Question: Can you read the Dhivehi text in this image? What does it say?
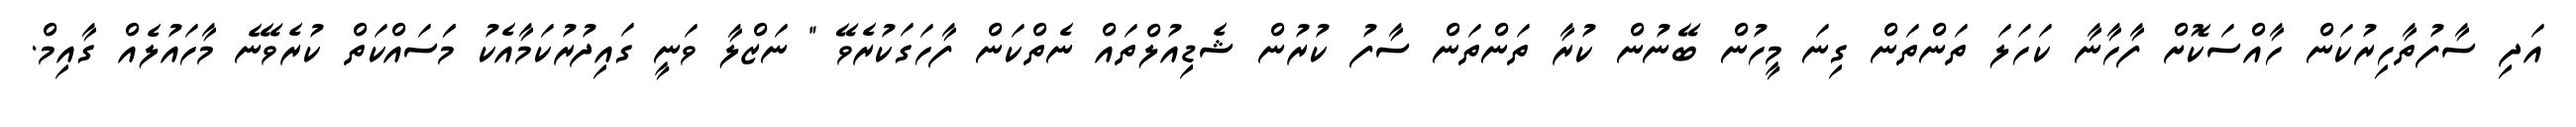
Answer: އަދި ސާފުތާހިރުކަން ހާއްސަކޮށް ފާހާނާ ކަހަލަ ތަންތަން ގިނަ މީހުން ބޭނުން ކުރާ ތަންތަން ސާފު ކުރުން ޝެޑިއުލްތައް ނެތްކަން ފާހަގަކުރެވޭ " ނަޒްލާ ވަނީ ގައިދުރުކަމާއެކު މަަސައްކަތް ކުރެވޭނެ މާހައުލެއް ގާއިމް.